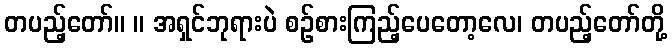
တပည့်တော်။ ။ အရှင်ဘုရားပဲ စဉ်စားကြည့်ပေတော့လေ၊ တပည့်တော်တို့